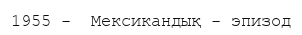
1955 -  Мексикандық - эпизод